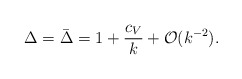
\begin{align*}\Delta=\bar\Delta=1+{c_V\over k}+{\cal O}(k^{-2}).\end{align*}